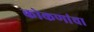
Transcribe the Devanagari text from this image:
कोकणांचा